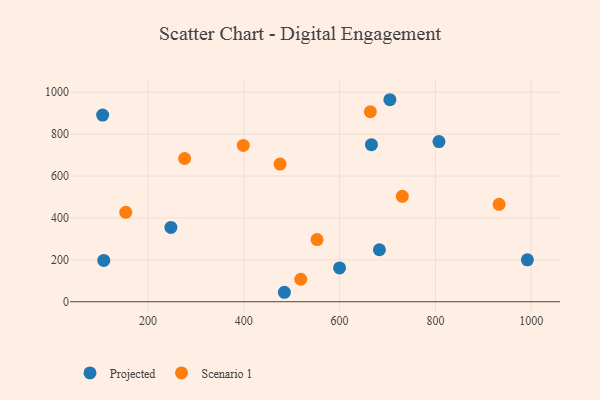
{"axis": {"x": "Engine Size", "y": "Salary"}, "legend": ["Projected", "Scenario 1"], "data": [{"x": "807.4", "y": 764.7, "type": "Projected"}, {"x": "666.4", "y": 749.9, "type": "Projected"}, {"x": "484.7", "y": 45.2, "type": "Projected"}, {"x": "599.9", "y": 161.4, "type": "Projected"}, {"x": "992.0", "y": 200.1, "type": "Projected"}, {"x": "247.7", "y": 354.8, "type": "Projected"}, {"x": "683.1", "y": 248.1, "type": "Projected"}, {"x": "105.2", "y": 891.2, "type": "Projected"}, {"x": "107.6", "y": 197.0, "type": "Projected"}, {"x": "705.0", "y": 964.3, "type": "Projected"}, {"x": "518.9", "y": 107.4, "type": "Scenario 1"}, {"x": "664.2", "y": 906.8, "type": "Scenario 1"}, {"x": "276.4", "y": 683.7, "type": "Scenario 1"}, {"x": "153.5", "y": 426.7, "type": "Scenario 1"}, {"x": "475.7", "y": 657.0, "type": "Scenario 1"}, {"x": "933.0", "y": 465.0, "type": "Scenario 1"}, {"x": "398.8", "y": 746.1, "type": "Scenario 1"}, {"x": "552.9", "y": 296.6, "type": "Scenario 1"}, {"x": "730.9", "y": 503.3, "type": "Scenario 1"}]}